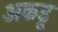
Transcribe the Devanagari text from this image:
अकडू